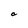
Character: a